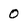
Character: 0